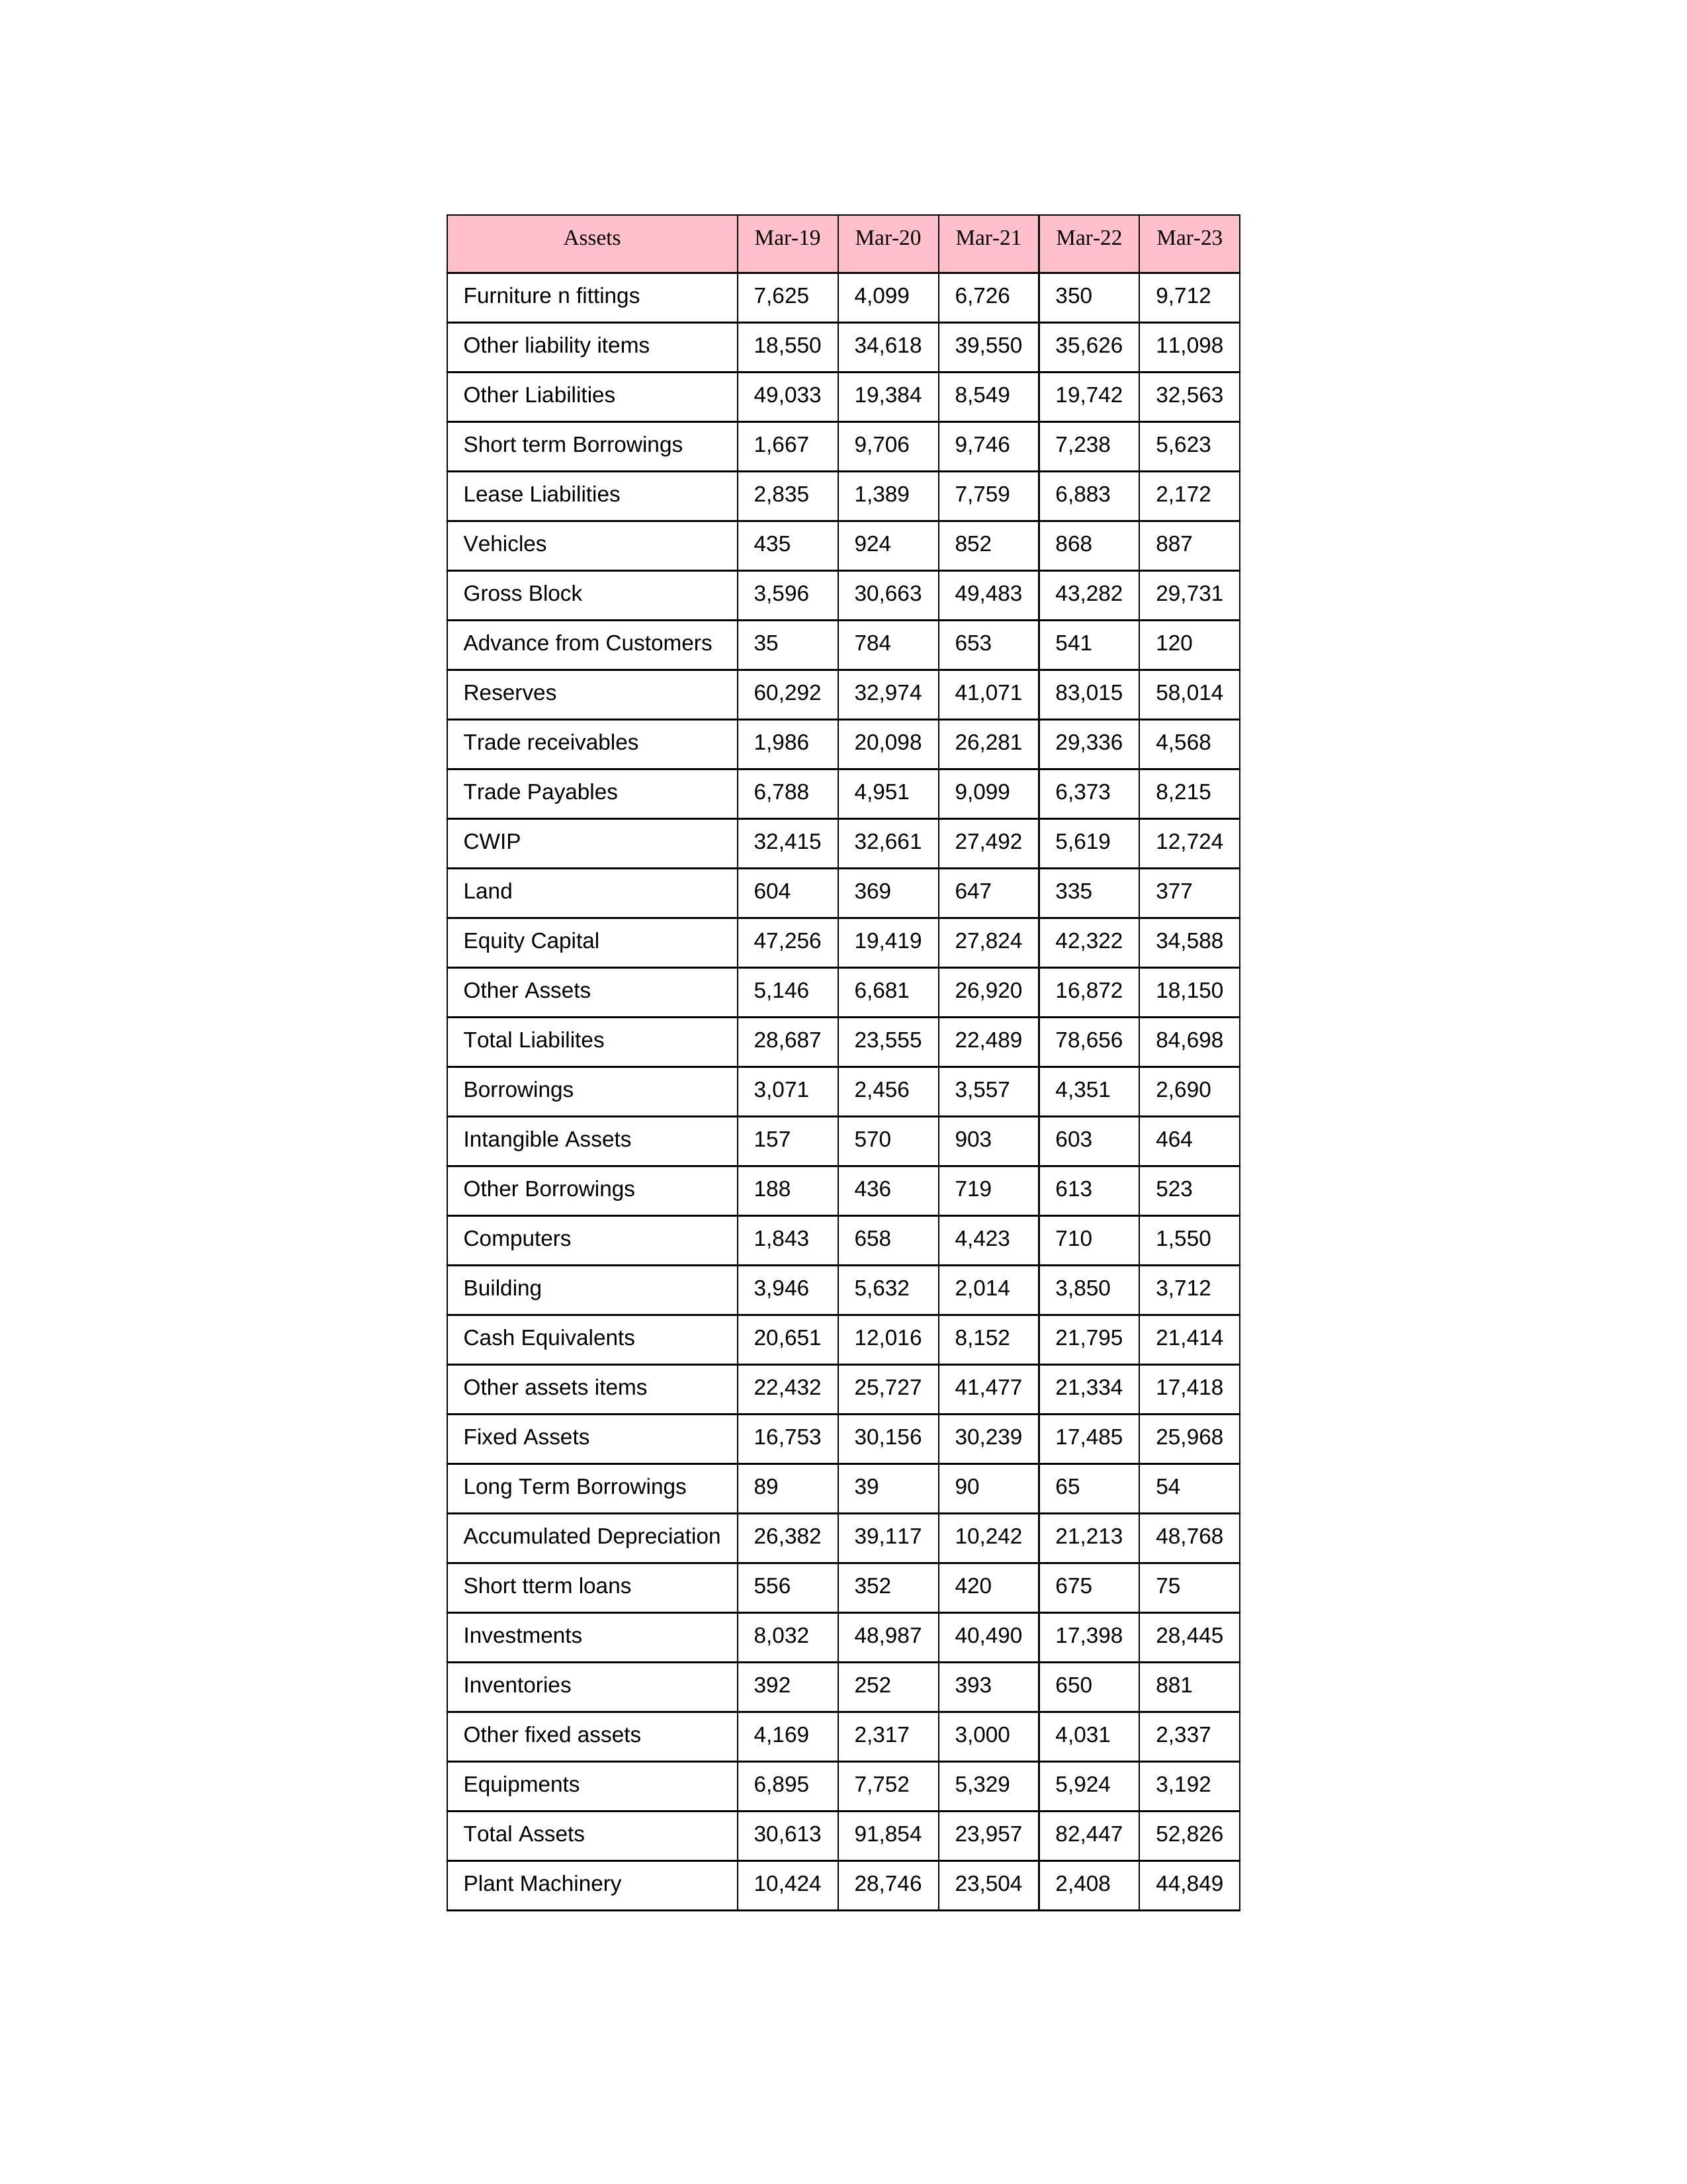
gt_parse: Mar-19: Equity Capital: 47,256
Reserves: 60,292
Borrowings: 3,071
Long Term Borrowings: 89
Short term Borrowings: 1,667
Lease Liabilities: 2,835
Other Borrowings: 188
Other Liabilities: 49,033
Trade Payables: 6,788
Advance from Customers: 35
Other liability items: 18,550
Total Liabilites: 28,687
Fixed Assets: 16,753
Land: 604
Building: 3,946
Plant Machinery: 10,424
Equipments: 6,895
Computers: 1,843
Furniture n fittings: 7,625
Vehicles: 435
Intangible Assets: 157
Other fixed assets: 4,169
Gross Block: 3,596
Accumulated Depreciation: 26,382
CWIP: 32,415
Investments: 8,032
Other Assets: 5,146
Inventories: 392
Trade receivables: 1,986
Cash Equivalents: 20,651
Short tterm loans: 556
Other assets items: 22,432
Total Assets: 30,613
Mar-20: Equity Capital: 19,419
Reserves: 32,974
Borrowings: 2,456
Long Term Borrowings: 39
Short term Borrowings: 9,706
Lease Liabilities: 1,389
Other Borrowings: 436
Other Liabilities: 19,384
Trade Payables: 4,951
Advance from Customers: 784
Other liability items: 34,618
Total Liabilites: 23,555
Fixed Assets: 30,156
Land: 369
Building: 5,632
Plant Machinery: 28,746
Equipments: 7,752
Computers: 658
Furniture n fittings: 4,099
Vehicles: 924
Intangible Assets: 570
Other fixed assets: 2,317
Gross Block: 30,663
Accumulated Depreciation: 39,117
CWIP: 32,661
Investments: 48,987
Other Assets: 6,681
Inventories: 252
Trade receivables: 20,098
Cash Equivalents: 12,016
Short tterm loans: 352
Other assets items: 25,727
Total Assets: 91,854
Mar-21: Equity Capital: 27,824
Reserves: 41,071
Borrowings: 3,557
Long Term Borrowings: 90
Short term Borrowings: 9,746
Lease Liabilities: 7,759
Other Borrowings: 719
Other Liabilities: 8,549
Trade Payables: 9,099
Advance from Customers: 653
Other liability items: 39,550
Total Liabilites: 22,489
Fixed Assets: 30,239
Land: 647
Building: 2,014
Plant Machinery: 23,504
Equipments: 5,329
Computers: 4,423
Furniture n fittings: 6,726
Vehicles: 852
Intangible Assets: 903
Other fixed assets: 3,000
Gross Block: 49,483
Accumulated Depreciation: 10,242
CWIP: 27,492
Investments: 40,490
Other Assets: 26,920
Inventories: 393
Trade receivables: 26,281
Cash Equivalents: 8,152
Short tterm loans: 420
Other assets items: 41,477
Total Assets: 23,957
Mar-22: Equity Capital: 42,322
Reserves: 83,015
Borrowings: 4,351
Long Term Borrowings: 65
Short term Borrowings: 7,238
Lease Liabilities: 6,883
Other Borrowings: 613
Other Liabilities: 19,742
Trade Payables: 6,373
Advance from Customers: 541
Other liability items: 35,626
Total Liabilites: 78,656
Fixed Assets: 17,485
Land: 335
Building: 3,850
Plant Machinery: 2,408
Equipments: 5,924
Computers: 710
Furniture n fittings: 350
Vehicles: 868
Intangible Assets: 603
Other fixed assets: 4,031
Gross Block: 43,282
Accumulated Depreciation: 21,213
CWIP: 5,619
Investments: 17,398
Other Assets: 16,872
Inventories: 650
Trade receivables: 29,336
Cash Equivalents: 21,795
Short tterm loans: 675
Other assets items: 21,334
Total Assets: 82,447
Mar-23: Equity Capital: 34,588
Reserves: 58,014
Borrowings: 2,690
Long Term Borrowings: 54
Short term Borrowings: 5,623
Lease Liabilities: 2,172
Other Borrowings: 523
Other Liabilities: 32,563
Trade Payables: 8,215
Advance from Customers: 120
Other liability items: 11,098
Total Liabilites: 84,698
Fixed Assets: 25,968
Land: 377
Building: 3,712
Plant Machinery: 44,849
Equipments: 3,192
Computers: 1,550
Furniture n fittings: 9,712
Vehicles: 887
Intangible Assets: 464
Other fixed assets: 2,337
Gross Block: 29,731
Accumulated Depreciation: 48,768
CWIP: 12,724
Investments: 28,445
Other Assets: 18,150
Inventories: 881
Trade receivables: 4,568
Cash Equivalents: 21,414
Short tterm loans: 75
Other assets items: 17,418
Total Assets: 52,826